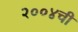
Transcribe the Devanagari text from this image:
२००४ची